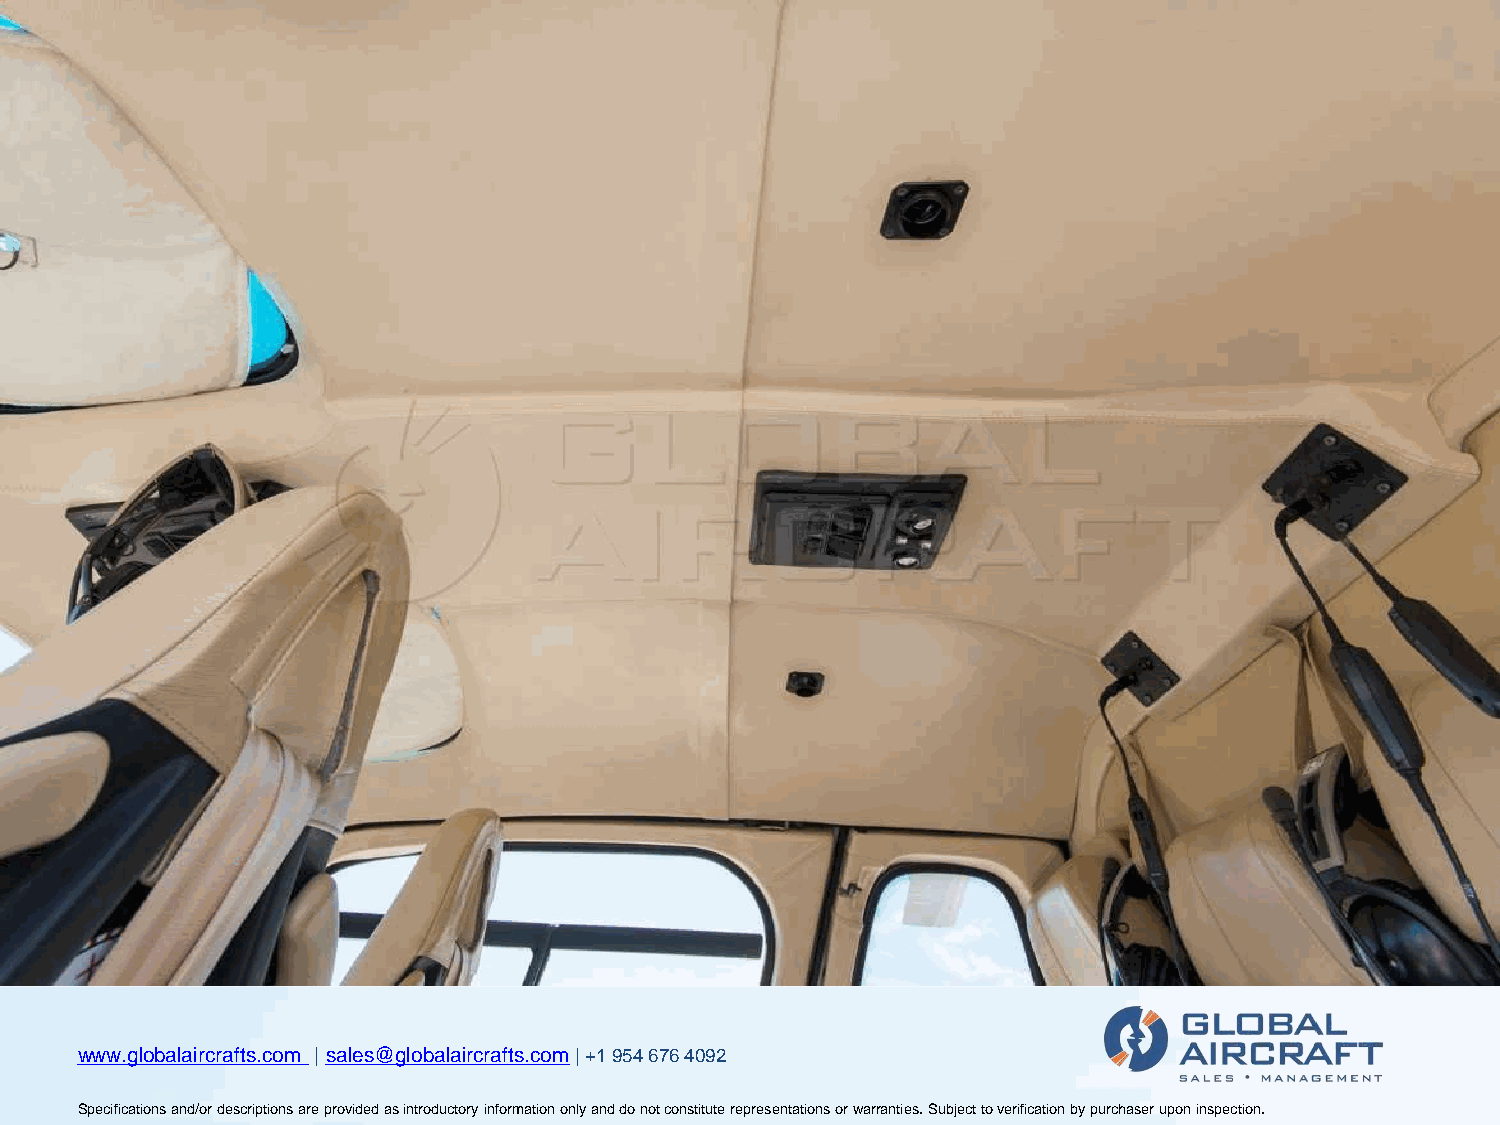
wwwwwwwww...ggglllooobbbaaalllaaaiiirrrcccrrraaaffftttsss...cccooommm ||| sssaaallleeesss@@@ggglllooobbbaaalllaaaiiirrrcccrrraaaffftttsss...cccooommm||| +++111 999555444 666777666 444000999222
 SSSpppeeeccciiifffiiicccaaatttiiiooonnnsss aaannnddd///ooorrr dddeeessscccrrriiippptttiiiooonnnsss aaarrreee ppprrrooovvviiidddeeeddd aaasss iiinnntttrrroooddduuuccctttooorrryyy iiinnnfffooorrrmmmaaatttiiiooonnn ooonnnlllyyy aaannnddd dddooo nnnooottt cccooonnnssstttiiitttuuuttteee rrreeeppprrreeessseeennntttaaatttiiiooonnnsss ooorrr wwwaaarrrrrraaannntttiiieeesss... SSSuuubbbjjjeeecccttt tttooo vvveeerrriiifffiiicccaaatttiiiooonnn bbbyyy pppuuurrrccchhhaaassseeerrr uuupppooonnn iiinnnssspppeeeccctttiiiooonnn...